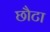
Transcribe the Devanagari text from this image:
छौटा